Vital statistics of India. Vol. V, Reports of 1876 on armies & jails and on epidemic cholera
Year: 1876
Disease focus: Cholera
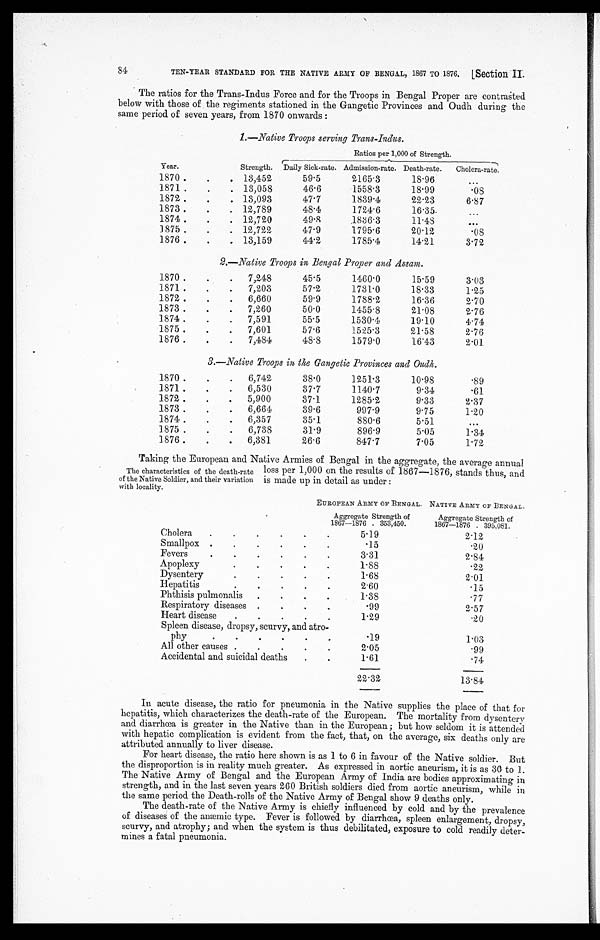
84
TEN-YEAR STANDARD FOR THE NATIVE ARMY OF BENGAL, 1867 TO 1876.
[Section
II.
The ratios for the Trans-Indus Force and for the Troops in Bengal Proper are contrasted
below with those of the regiments stationed in the Gangetic Provinces and Oudh during the
same period of seven years, from 1870 onwards:
1.—Native Troops serving Trans-Indus.
Ratios per 1,000 of Strength.
Year.
Strength. Daily Sick-rate. Admission-rate. Death-rate.
Cholera-rate.
1870
13,452
59.5
2165.3
18.96
1871
13,058
46.6
1558.3
18.99
.08
1872
13,093
47.7
1839.4
22.23
6.87
1873
12,789
48.4
1724.6
16.35
1874
12,720
49.8
1836.3
11.48
1875
12,722
47.9
1795.6
20.12
.08
1876
13,159
44.2
1785.4
14.21
3.72
2.—Native Troops in Bengal Proper and Assam.
1870
7,248
45.5
1460.0
15.59
3.03
1871
7,203
57.2
1731.0
18.33
1.25
1872
6,660
59.9
1788.2
16.36
2.70
1873
7,260
50.0
1455.8
21.08
2.76
1874
7,591
55.5
1530.4
19.10
4.74
1875
7,601
57.6
1525.3
21.58
2.76
1876
7,484
48.8
1579.0
16.43
2.01
3.—Native Troops in the Gangetic Provinces and Oudh.
1870
6,742
38.0
1251.3
10.98
.89
1871
6,530
37.7
1140.7
9.34
.61
1872
5,900
37.1
1285.2
9.33
2.37
1873
6,664
39.6
997.9
9.75
1.20
1874
6,357
35.1
880.6
5.51
1875
6,738
31.9
896.9
5.05
1.34
1876
6,381
26.6
847.7
7.05
1.72
Taking the European and Native Armies of Bengal in the aggregate, the average annual
loss per 1,000 on the results of 1867—1876, stands thus, and
is made up in detail as under:
EUROPEAN ARMY OF BENGAL. NATIVE ARMY OF BENGAL.
Aggregate Strength of
1867-1876 . 353,450.
Aggregate Strength of
1867-1876 . 395,081.
Cholera
5.19
2.12
Smallpox
.15
.20
Fevers
3.31
2.84
Apoplexy
1.88
.22
Dysentery
1.68
2.01
Hepatitis
2.60
.15
Phthisis pulmonalis
1.38
.77
Respiratory diseases
.99
2.57
Heart disease
1.29
.20
Spleen disease, dropsy, scurvy, and atro-
phy
.19
1.03
All other causes
2 . 0 5
.99
Accidental and suicidal deaths
1 . 6 1
.74
22.32
13.84
In acute disease, the ratio for pneumonia in the Native supplies the place of that for
hepatitis, which characterizes the death-rate of the European. The mortality from dysentery
and diarrhœa is greater in the Native than in the European; but how seldom it is attended
with hepatic complication is evident from the fact, that, on the average, six deaths only are
attributed annually to liver disease.
For heart disease, the ratio here shown is as 1 to 6 in favour of the Native soldier. But
the disproportion is in reality much greater. As expressed in aortic aneurism, it is as 30 to 1.
The Native Army of Bengal and the European Army of India are bodies approximating in
strength, and in the last seven years 260 British soldiers died from aortic aneurism, while in
the same period the Death-rolls of the Native Army of Bengal show 9 deaths only.
The death-rate of the Native Army is chiefly influenced by cold and by the prevalence
of diseases of the anæmic type. Fever is followed by diarrhœa, spleen enlargement, dropsy,
scurvy, and atrophy; and when the system is thus debilitated, exposure to cold readily deter
- m i n e s a f a t a l p n e u m o n i a .
The characteristics of the death-rate
of the Native Soldier, and their variation
with locality.